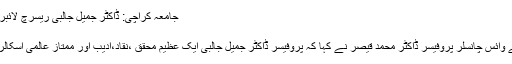
جامعہ کراچی: ڈاکٹر جمیل جالبی ریسرچ لائبریری کے سنگ بنیاد رکھنے کی تقریب
August 14, 2016 | 8:53 PM
کراچی:(نیوزاآن لائن)جامعہ کراچی کے وائس چانسلر پروفیسر ڈاکٹر محمد قیصر نے کہا کہ پروفیسر ڈاکٹر جمیل جالبی ایک عظیم محقق ،نقاد،ادیب اور ممتاز عالمی اسکالرہیںاوراپنی ذات میں ہی ایک انجمن ہے۔